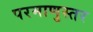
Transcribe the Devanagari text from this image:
परमाणुस्तर